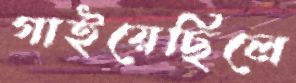
গাইয়েছিলে